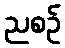
ညစဉ်